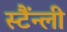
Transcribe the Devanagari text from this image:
स्टैंन्ली